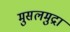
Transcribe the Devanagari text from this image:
मुसलमुद्रा